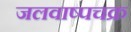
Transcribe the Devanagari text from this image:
जलवाष्पचक्र